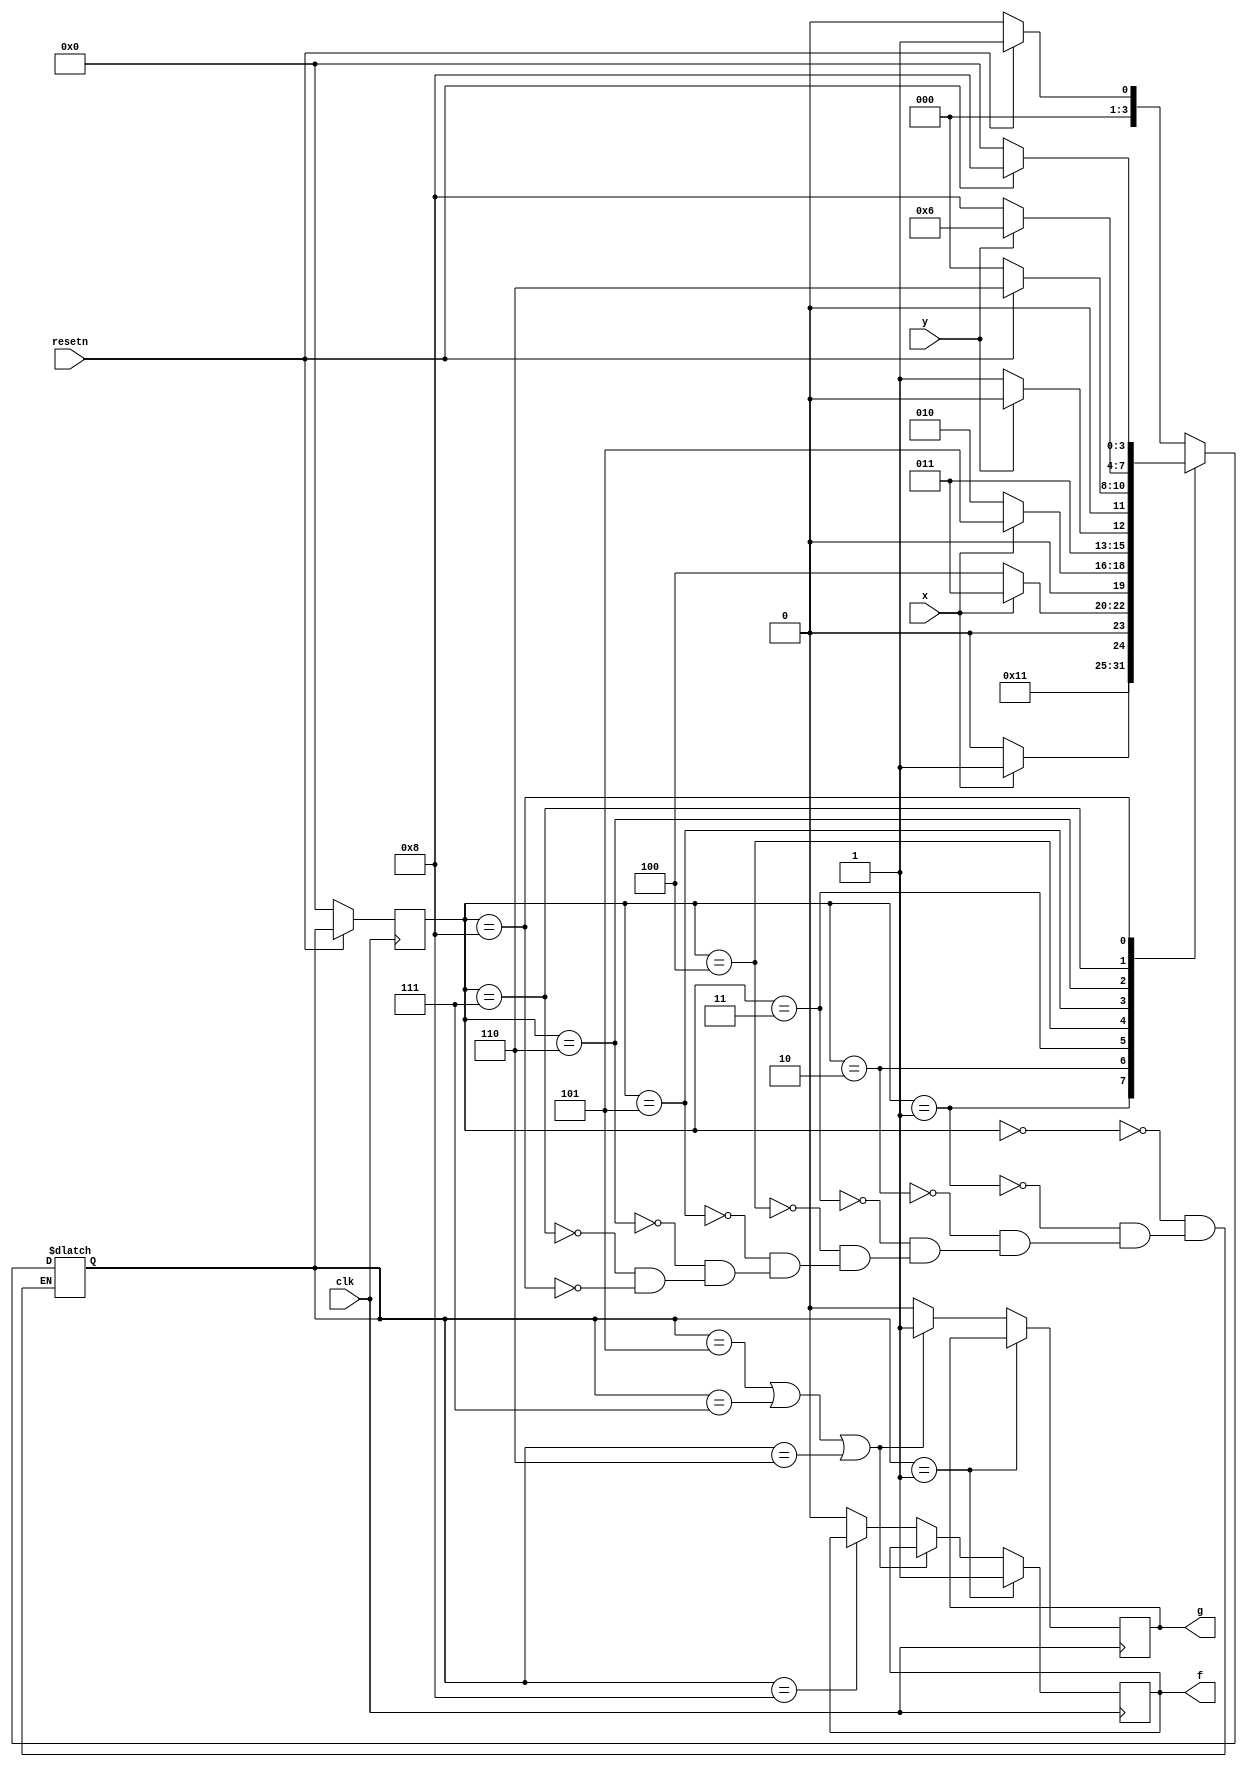
module top_module (
    input clk,
    input resetn,    // active-low synchronous reset
    input x,
    input y,
    output f,
    output g
); 
    parameter A=0, B=1, C=2, D=3, E=4, F=5, G=6, H=7, I=8;
    reg	[3:0] state, next;
    
    always @(*) begin
        case (state)
            A	:	next = resetn ? B : A;
            B	:	next = C;
            C	: 	next = x ? D : C;
            D	: 	next = x ? D : E;
            E	: 	next = x ? F : C;
            F	:	next = y ? G : H;
            G	: 	next = resetn ? G : A;
            H	: 	next = y ? G : I;
            I	: 	next = resetn ? I : A;
        endcase
    end
    
    always @(posedge clk) begin
        if (~resetn) state <= A;
        else state <= next;
    end
    
    always @(posedge clk) begin
        if (next == B )f <= 1'b1;
        else if (next == F | next == H | next == G ) g <= 1'b1;
        else if (next == I) g <= 1'b0;
        else begin
            g <= 1'b0;
            f <= 1'b0;
        end
    end

endmodule